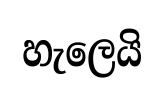
හැලෙයි